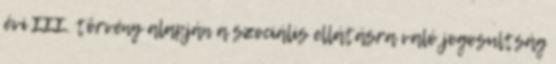
évi III. törvény alapján a szociális ellátásra való jogosultság